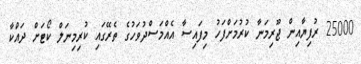
25000 ރުފިޔާއިން ޖޫރިމަނާ ކުރުމަށްފަހު މިފައިސާ އެއްމަސްދުވަހުގެ ތެރޭގައި ކުރިމިނަލް ކޯޓަށް ދައްކާ